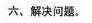
六、解决问题。